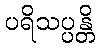
ပရိသပ္ပန္တိ